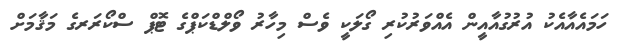
ހަމައެއާއެކު އުރުގުއާއީން އެއްވަރުކުރި ގޯލަކީ ވެސް މިހާރު ވޯލްޑްކަޕްގެ ޓޮޕް ސްކޯރަރގެ މަޤާމަށް